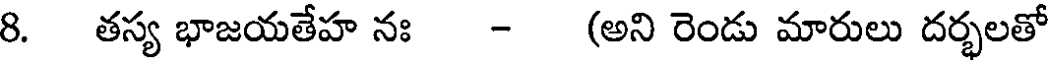
8. తస్య భాజయతేహ నః - (అని రెండు మారులు దర్భలతో